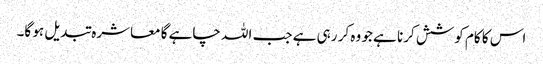
اس کا کام کوشش کرنا ہے جو وہ کر رہی ہے جب اللہ چاہے گا معاشرہ تبدیل ہو گا۔